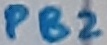
Text: PB2